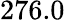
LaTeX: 276.0